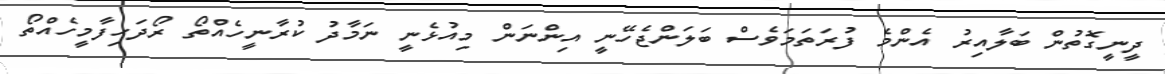
ދީނީގޮތުން ބަލާއިރު އެންމެ ފުރަތަމަވެސް ބަލަންޖެހޭނީ އިންނަން މިއުޅެނީ ނަމާދު ކުރާނީހެއްތޯ ރޯދަހިފާމީހެއްތޯ